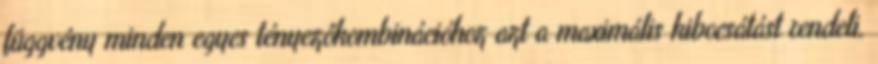
függvény minden egyes tényezőkombinációhoz azt a maximális kibocsátást rendeli,